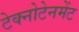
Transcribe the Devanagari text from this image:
टेक्नोटेनमेंट